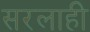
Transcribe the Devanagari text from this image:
सरलाही